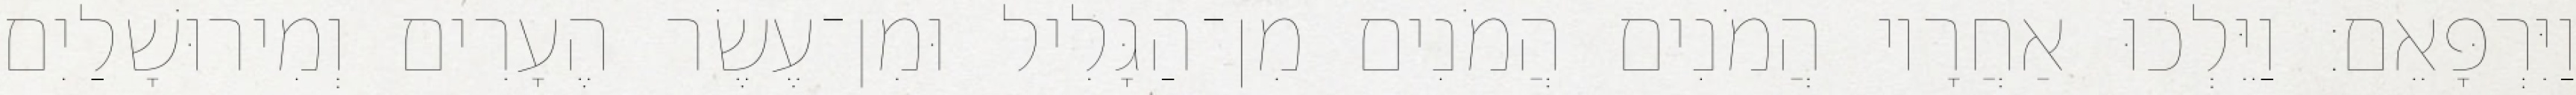
וַיִּרְפָּאֵם׃ וַיֵּלְכוּ אַחֲרָיו הֲמֹנִים הֲמֹנִים מִן־הַגָּלִיל וּמִן־עֶשֶׂר הֶעָרִים וְמִירוּשָׁלַיִם